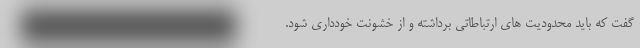
گفت که باید محدودیت های ارتباطاتی برداشته و از خشونت خودداری شود.